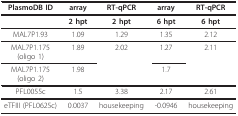
<table><thead><tr><td><b>PlasmoDB ID</b></td><td><b>array</b></td><td><b>RT-qPCR</b></td><td><b>array</b></td><td><b>RT-qPCR</b></td></tr></thead><tbody><tr><td></td><td><b>2 hpt</b></td><td><b>2 hpt</b></td><td><b>6 hpt</b></td><td><b>6 hpt</b></td></tr><tr><td>MAL7P1.93</td><td>1.09</td><td>1.29</td><td>1.35</td><td>2.12</td></tr><tr><td>MAL7P1.175(oligo 1)</td><td>1.89</td><td>2.02</td><td>1.27</td><td>2.11</td></tr><tr><td>MAL7P1.175(oligo 2)</td><td>1.98</td><td></td><td>1.7</td><td></td></tr><tr><td>PFL0055c</td><td>1.5</td><td>3.38</td><td>2.17</td><td>2.61</td></tr><tr><td>eTFIII (PFL0625c)</td><td>0.0037</td><td>housekeeping</td><td>-0.0946</td><td>housekeeping</td></tr></tbody></table>